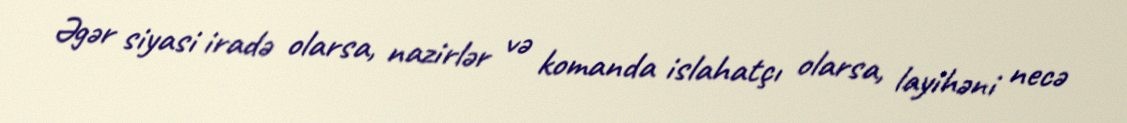
Əgər siyasi iradə olarsa, nazirlər və komanda islahatçı olarsa, layihəni necə